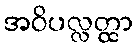
အဝိပလ္လတ္ထာ